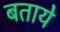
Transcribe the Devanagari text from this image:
बतायेे